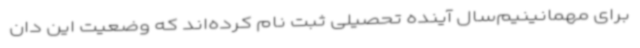
برای مهمانینیم‌سال آینده تحصیلی ثبت نام کرده‌اند که وضعیت این دان